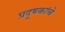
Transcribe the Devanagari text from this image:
प्रदूषकांचे